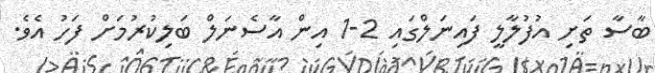
ބާސާ ތަށި އުފުލާލީ ފައިނަލްގައި 2-1 އިން އާސެނަލް ބަލިކުރުމަށް ފަހު އެވެ.